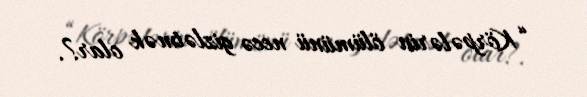
“Körpələrin ölümünü necə gizlətmək olar?.